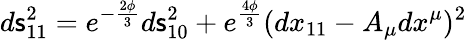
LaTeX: d\mathsf{s}_{11}^{2}=e^{-{\frac{{2\phi}}{{3}}}}d\mathsf{s}_{10}^{2}+e^{\frac{{4\phi}}{{3}}}(dx_{11}-A_{\mu}dx^{\mu})^{2}